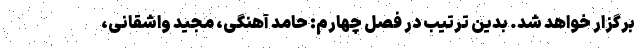
برگزار خواهد شد. بدین ترتیب در فصل چهارم: حامد آهنگی، مجید واشقانی،